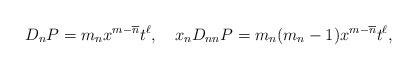
LaTeX: \begin{align*}D_n P = m_n x^{m-\overline n} t^\ell,\ \ \ x_n D_{nn} P = m_n(m_n-1) x^{m-\overline n} t^\ell,\end{align*}